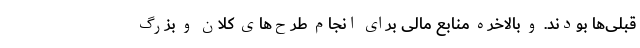
قبلی‌ها بودند. و بالاخره منابع مالی برای انجام طرح‌های کلان و بزرگ